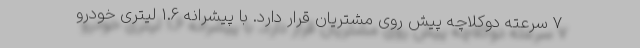
7 سرعته دوکلاچه پیش روی مشتریان قرار دارد. با پیشرانه 1.6 لیتری خودرو